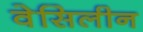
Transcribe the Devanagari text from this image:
वेसिलीन